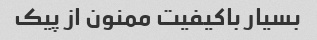
بسیار باکیفیت ممنون از پیک